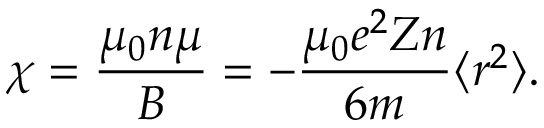
\chi = { \frac { \mu _ { 0 } n \mu } { B } } = - { \frac { \mu _ { 0 } e ^ { 2 } Z n } { 6 m } } \langle r ^ { 2 } \rangle .